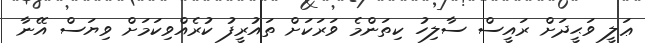
ޢަލީ ވަޙީދަށް ރައީސް ސާލިހު ކިތަންމެ ވަރަކަށް ތައުރީފު ކުރެއްވިކަމަށް ވިޔަސް އޭނާ